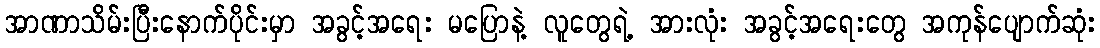
အာဏာသိမ်းပြီးနောက်ပိုင်းမှာ အခွင့်အရေး မပြောနဲ့ လူတွေရဲ့ အားလုံး အခွင့်အရေးတွေ အကုန်ပျောက်ဆုံး